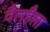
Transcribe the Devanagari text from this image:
वैलहैला